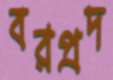
বরপ্রদ